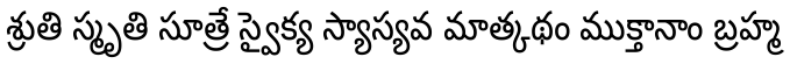
శ్రుతి స్మృతి సూత్రే స్వైక్య స్యాస్యవ మాత్కథం ముక్తానాం బ్రహ్మ